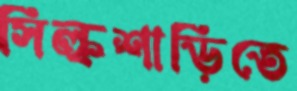
সিল্কশাড়িতে